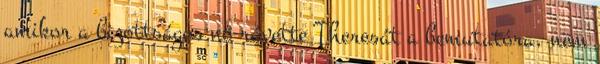
amikor a bizottságos nő rávette Theresát a bemutatóra, nem